Annual report on the health of the army in India
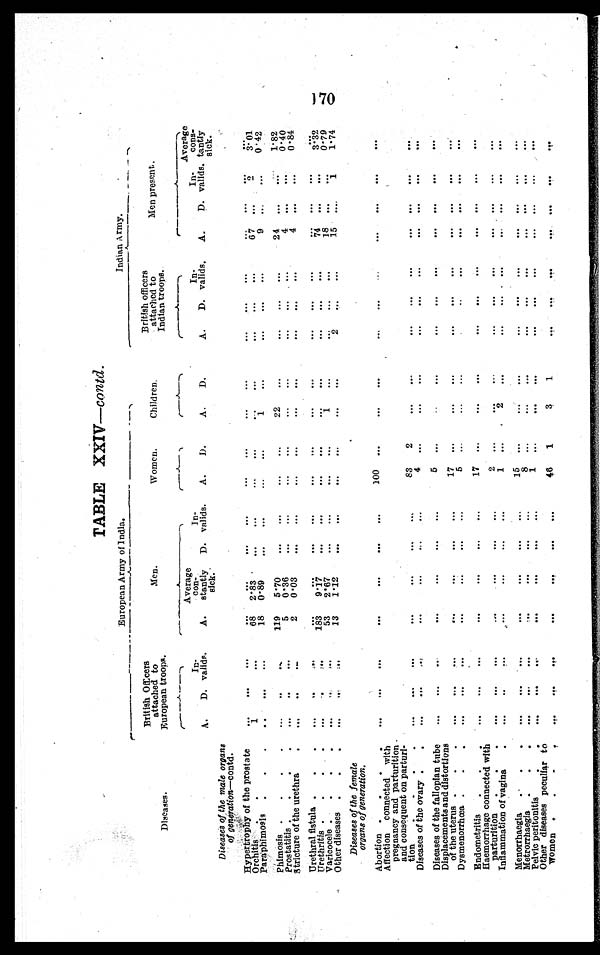
TABLE XXIV—contd.
Eur opean Ar my of I ndi a.
Indian Army.
Diseases.
British Officers
attached to
European troops.
M e n .
Women.
Children.
British officers
attached to
Indian troops.
Men present.
A.
Average
Con
stantly
sick.
D.
In
¬valids.
D.
In
¬ v a l i d s .
Average
cons
¬ tantly
sick.
A.
D.
In
¬ v e l i d s .
A.
D.
A.
D.
A.
D.
In
¬ v a l i d s ,
A.
Diseases of the male organs
of generation—contd.
Hypertrophy of the prostate
. . .
...
...
...
...
...
...
...
. . .
...
...
...
...
. . .
...
...
. . .
. . .
Orchitis
.
•
1
...
6 8 2.83
...
. . .
. . .
. . .
. . .
. . .
. . .
. . .
. . .
6 7 ...
2
3 . 0 1
Paraphimosis ,
•
•
. .
...
. . .
18
0.89
...
...
...
...
1 ...
...
...
...
9
...
. . . 0.42
Phimosis
.
.
.
.
...
. . .
..
119
5.70
. . .
. . .
. . .
. . .
22
. . .
. . .
...
...
24
...
...
1.82
Prostatitis .
.
.
.
...
. .
. . .
5
0.36
. . .
. . .
. . .
. . .
. . .
. . .
. . .
. . .
. . .
4
...
. . .
0.40
Stricture of the urethra
•
. . .
. .
. .
2
0 .03
. . . ...
...
...
...
...
...
...
4
...
. . . 0.84
Urethral fistula
.
. .
. . .
. .
. . .
. . .
. . .
. . .
. . .
. . .
. . .
. . .
. . .
. . .
. . .
. . .
. . .
. . .
. . .
...
Urethritis .
.
.
.
. . .
. .
. . .
183
9.17
. . .
. . .
...
. . .
. . .
. . .
. . .
...
...
74
...
...
3. 32
Varicocele .
.
.
.
. . .
. . .
. . .
53
2.67
...
...
...
...
1
...
. . . ...
. . .
1 8
...
. . .
0 . 7 9
Other diseases .
.
•
. . .
. . .
. . .
13
1.12
. . .
. . .
...
...
...
...
2
. . . ...
1 5 ....
1
1.74
Diseases of the female
organs of generation.
Ab ortion .
.
.
.
. . .
...
. . .
. . .
...
. . . ...
100
...
...
...
..,
. . .
...
. . .
. . .
. . .
...
Affection connected with
pregnancy and parturition
and consequent on parturi
¬ tion
.
.
.
.
...
...
...
. . .
. . .
. . .
. . .
83
2
. . .
...
. . .
. . .
...
. . .
. . .
. . .
. . .
Diseases of the ovary .
.
. . . ...
...
...
...
. . .
...
4
...
. . .
...
. . .
...
...
. . .
. . .
. . .
...
Diseases of the fallopian tube
...
...
. . .
. . .
. . .
...
...
5
...
. . .
...
. . .
...
...
. . .
. . .
. . .
...
Displacements and distortions
of the uterus .
.
. . .
. . .
. . .
. . .
...
. . .
...
...
17
...
. . .
...
...
...
...
. . .
. . .
. . .
...
D y smenorrhœa .
.
.
. . .
. . .
...
. . .
... ... ...
5
... ...
. . .
...
. . .
. . .
. . .
. . .
. . .
...
E ndometritis
.
. .
. . .
. . .
...
...
. . .
... ...
17
...
. . .
. . .
. . .
. . .
. . .
. . .
. . .
. . .
...
Haemorrhage connected with
parturition
.
• .
. . .
. . .
...
... ... ... ...
2
...
...
...
. . .
. . .
...
. . .
. . .
. . .
. . .
Inflammation of vagina
.
. . .
... ... ... ...
...
...
1
...
2
...
...
. . .
. . .
. . .
. . .
. . .
...
Menorrhaegia
.
• .
. . .
...
. . .
...
. . .
. . .
...
15
...
...
. . .
. . .
. . .
. . .
. . .
. . .
. . .
...
Metrorrhaegia
.
.
•
. . .
. . .
...
...
. . .
...
...
8
...
...
...
. . .
. . .
. . .
. . .
. . .
. . .
. . .
Pelvic peritonitis
. .
. . .
. . .
. . .
. . .
. . .
... ...
1
... ...
. . .
. . .
...
. . .
. . .
. . .
. . .
. . .
Other diseases peculiar to
Women .
.
. •
...
. . .
. . .
. . .
. . .
. . .
. . .
46
1
3
1
. . .
. . .
. . .
. . .
. . .
. . .
. . .